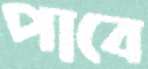
পাবে